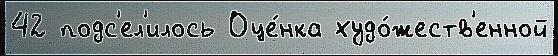
42 подс'ел'илось Оце́нка худо́жеств'енной